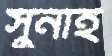
সুনাই